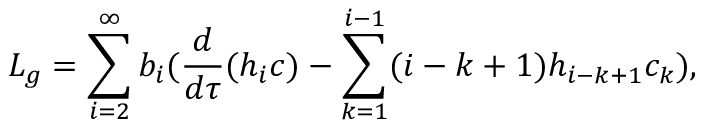
L _ { g } = \sum _ { i = 2 } ^ { \infty } b _ { i } ( \frac { d } { d \tau } ( h _ { i } c ) - \sum _ { k = 1 } ^ { i - 1 } ( i - k + 1 ) h _ { i - k + 1 } c _ { k } ) ,